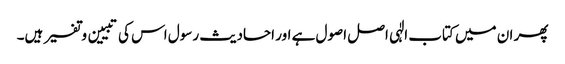
پھر ان میں کتاب الٰہی اصل اصول ہے اور احادیث رسول اس کی تبیین و تفسیر ہیں۔